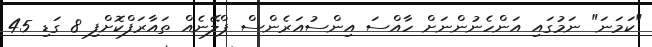
"ކަމަނަ" ނަމުގައި އަންހެނުންނަށް ހާއްސަ އިންސުއަރެންސް ޕްލޭނެއް ތައާރަފްކޮށްފި 8 ގަޑި 45